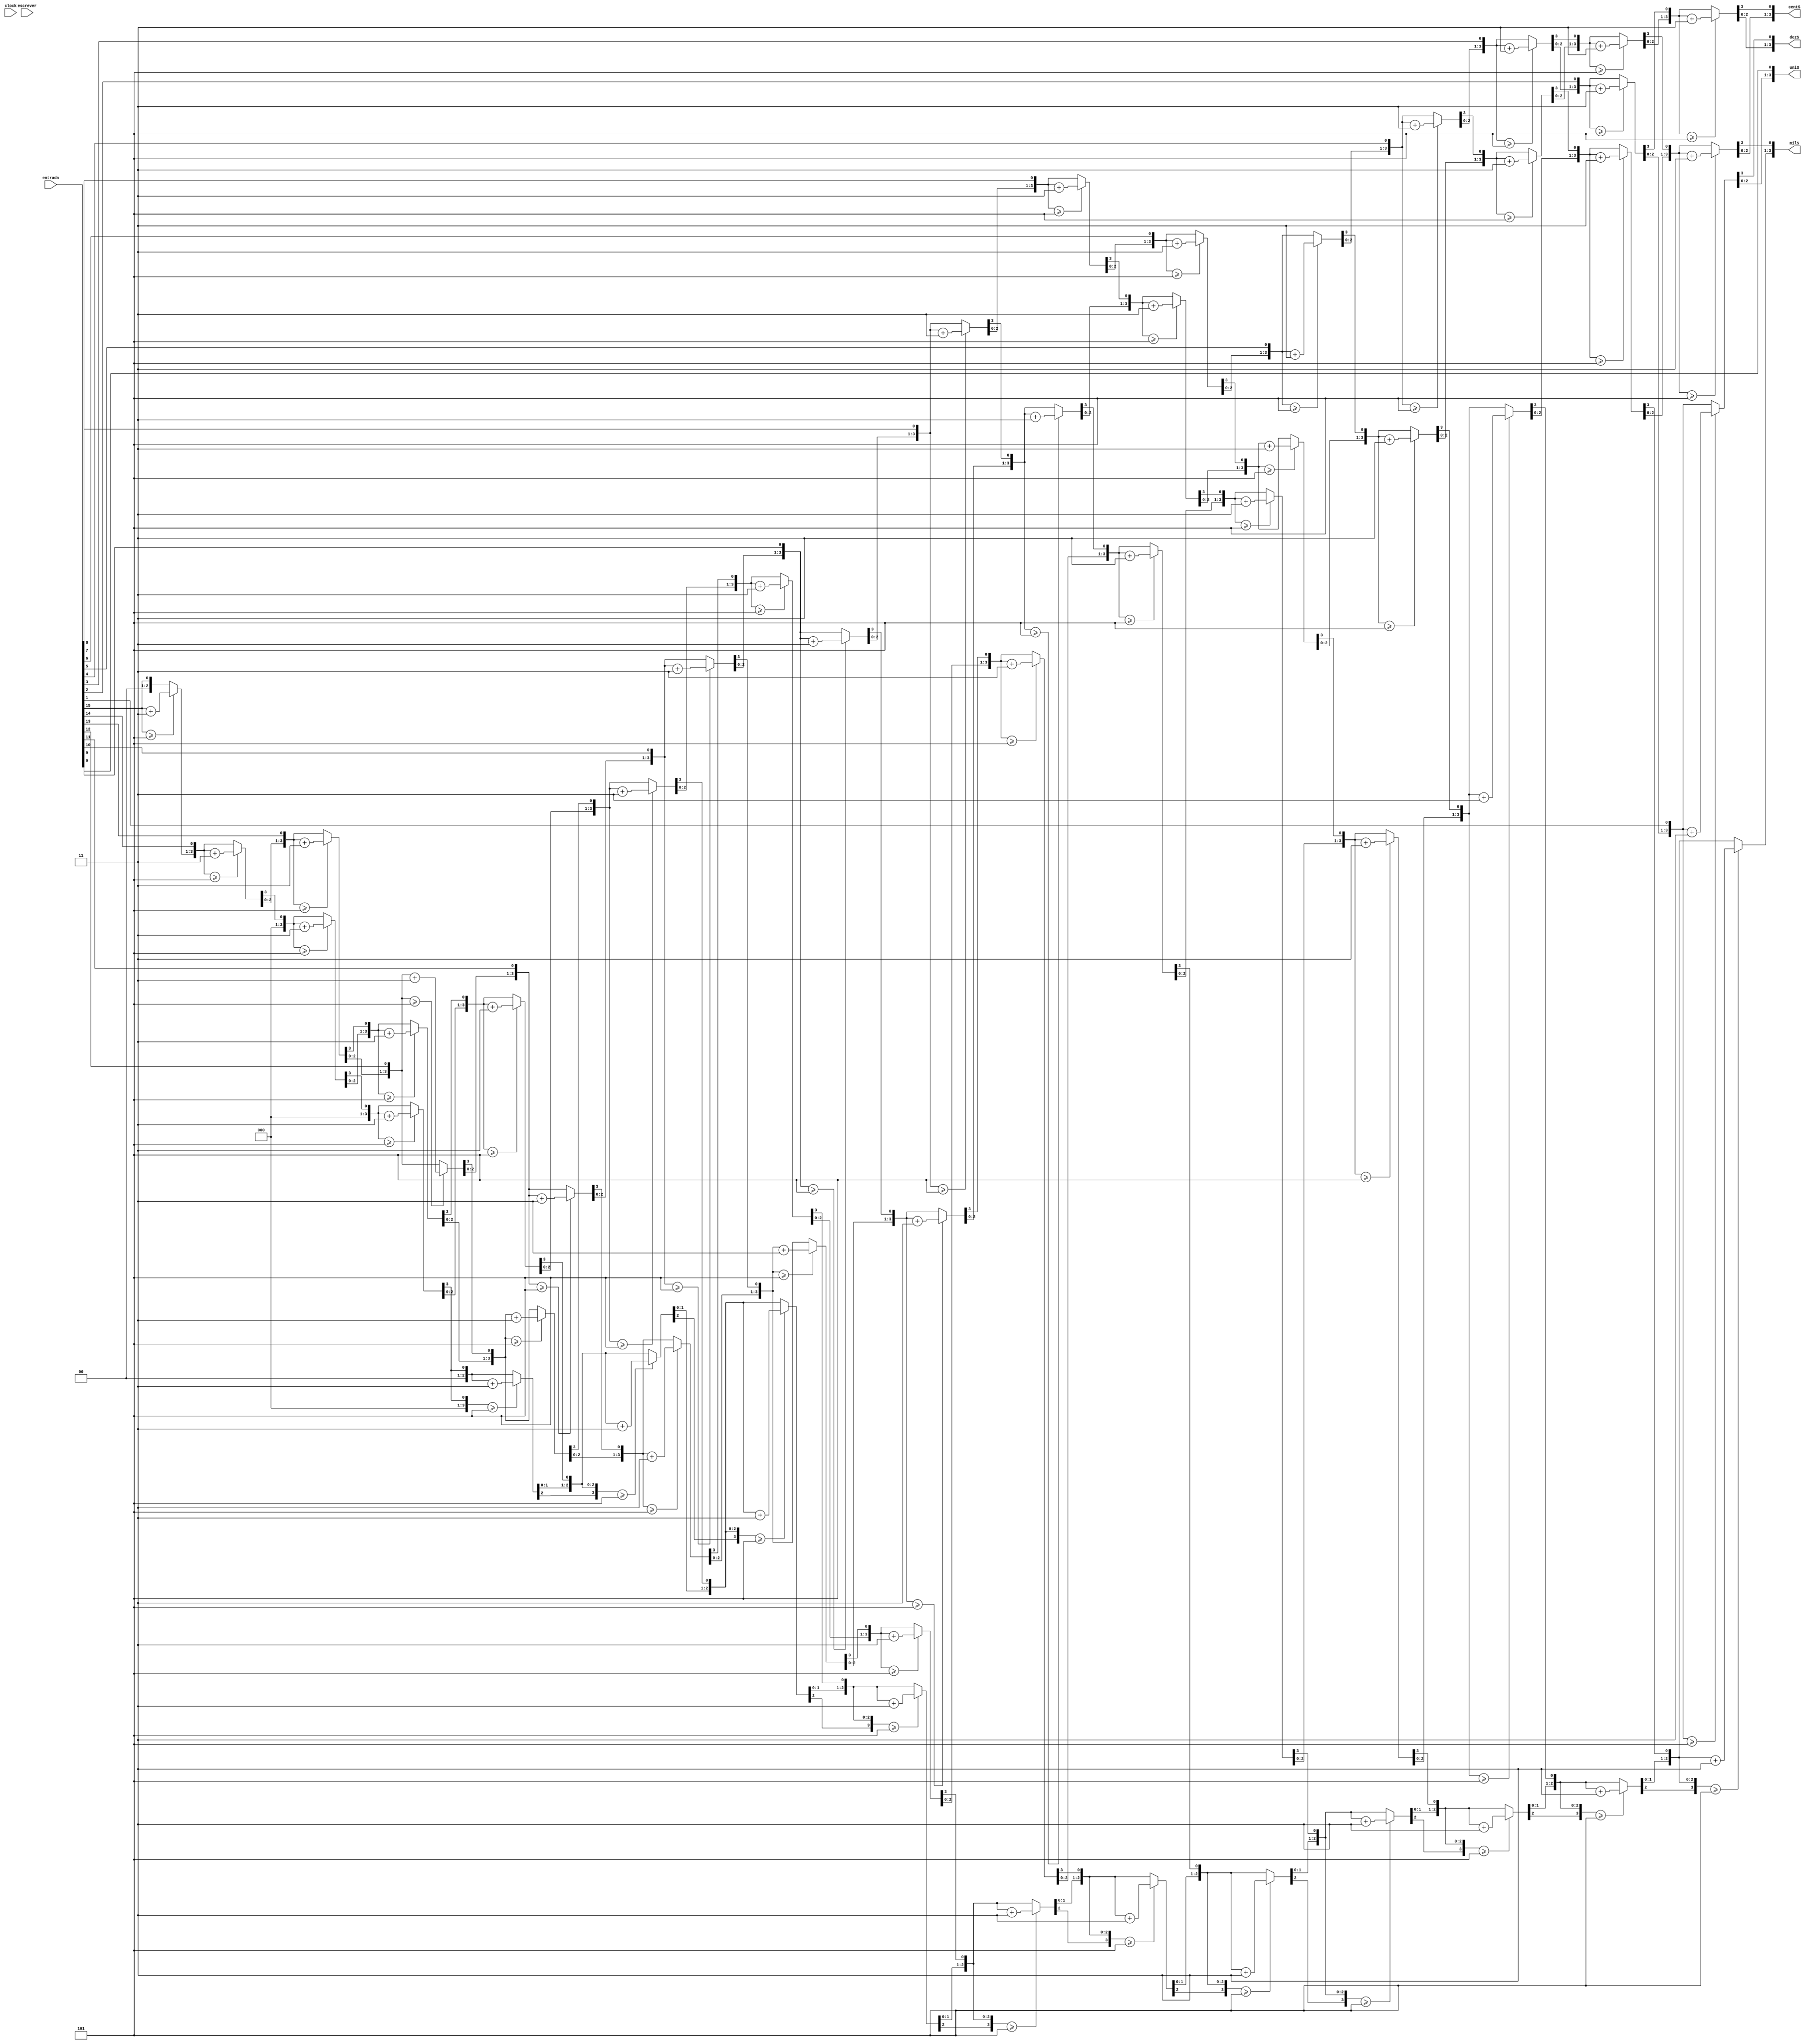
module outp(escrever, entrada, clock, milS,centS,dezS,uniS);

input [31:0] entrada;
input wire clock;
input wire escrever;

// servem para manter o estado do output
reg [3:0] uni;
reg [3:0] dez;
reg [3:0] cent;
reg [3:0] mil;

output [3:0] uniS;
output [3:0] dezS;
output [3:0] centS;
output [3:0] milS;

integer i;

initial begin
    uni = 4'b1111;
    dez = 4'b1111;
    cent = 4'b1111;
    mil = 4'b1111;
end

always @(*) begin

	uni = 4'b0000;
    dez = 4'b0000;
    cent = 4'b0000;
    mil = 4'b0000;

    for(i = 15; i >= 0; i = i-1)
		begin
			if(mil >= 5) mil = mil + 4'd3;
			if(cent >= 5) cent = cent + 4'd3;
			if(dez >= 5) dez = dez + 4'd3;
			if(uni >= 5) uni = uni + 4'd3;
			mil = mil << 1;
			mil[0] = cent[3];
			cent = cent << 1;
			cent[0] = dez[3];
			dez = dez << 1;
			dez[0] = uni[3];
			uni = uni << 1;
			uni[0] = entrada[i];
		end
end

assign uniS = uni;
assign dezS = dez;
assign centS = cent;
assign milS = mil;

endmodule